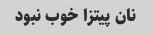
نان پیتزا خوب نبود